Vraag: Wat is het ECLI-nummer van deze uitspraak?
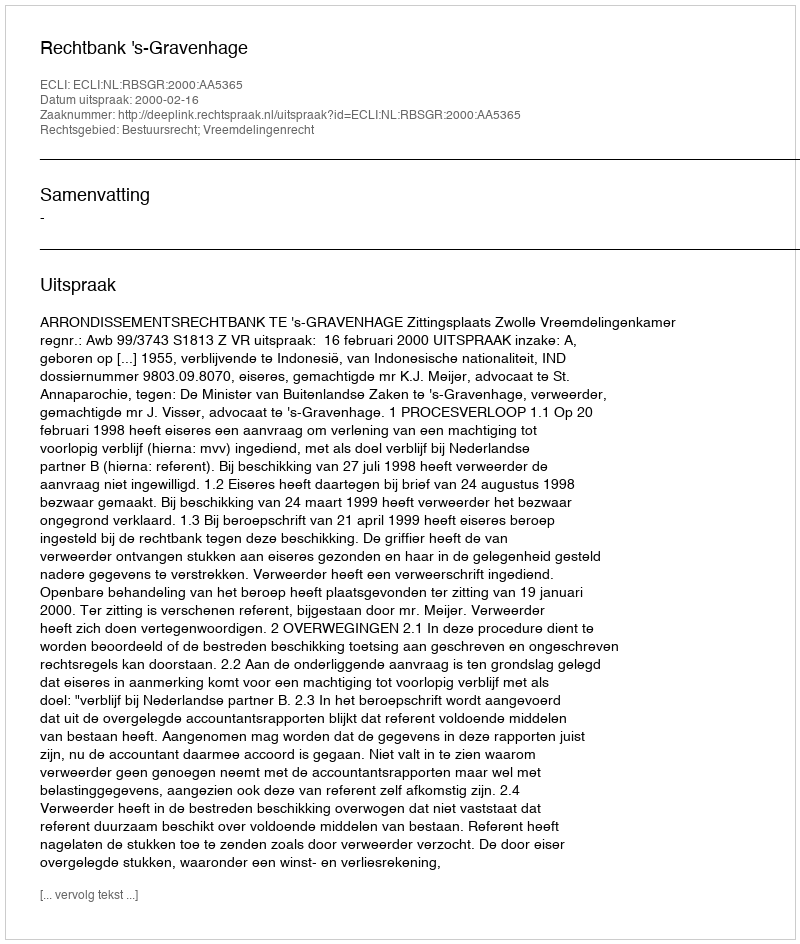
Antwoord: ECLI:NL:RBSGR:2000:AA5365